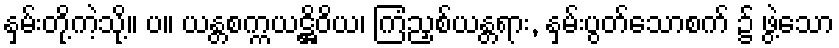
နှမ်းတို့ကဲ့သို့။ ပ။ ယန္တစက္ကယဋ္ဌိဝိယ၊ ကြံညှစ်ယန္တရား, နှမ်းပွတ်သောစက် ၌ ဖွဲ့သော